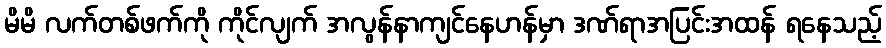
မိမိ လက်တစ်ဖက်ကို ကိုင်လျက် အလွန်နာကျင်နေဟန်မှာ ဒဏ်ရာအပြင်းအထန် ရနေသည့်